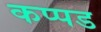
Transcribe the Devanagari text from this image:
कप्पड